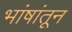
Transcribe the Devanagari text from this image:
भांषांतून